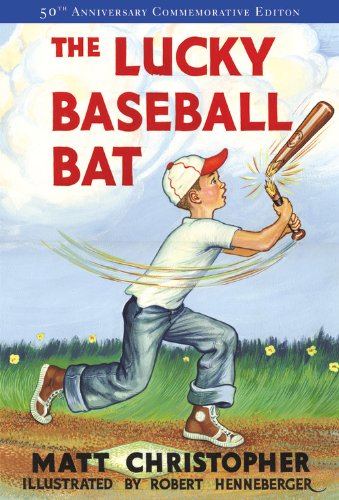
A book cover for The Lucky Baseball Bat: 50th Anniversary Commemorative Edition (Matt Christopher Sports Fiction); Matt Christopher; Children's Books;